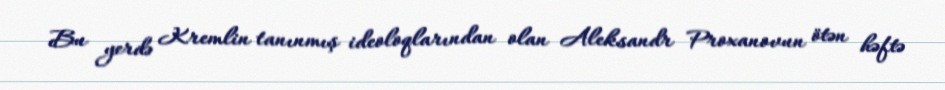
Bu yerdə Kremlin tanınmış ideoloqlarından olan Aleksandr Proxanovun ötən həftə